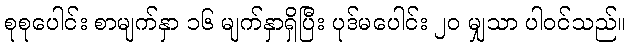
စုစုပေါင်း စာမျက်နှာ ၁၆ မျက်နှာရှိပြီး ပုဒ်မပေါင်း ၂၀ မျှသာ ပါဝင်သည်။